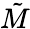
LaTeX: \tilde{M}